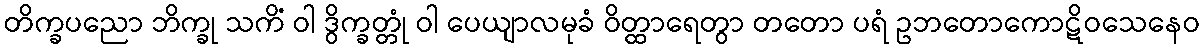
တိက္ခပညော ဘိက္ခု သကိံ ဝါ ဒွိက္ခတ္တုံ ဝါ ပေယျာလမုခံ ဝိတ္ထာရေတွာ တတော ပရံ ဥဘတောကောဋိဝသေနေဝ